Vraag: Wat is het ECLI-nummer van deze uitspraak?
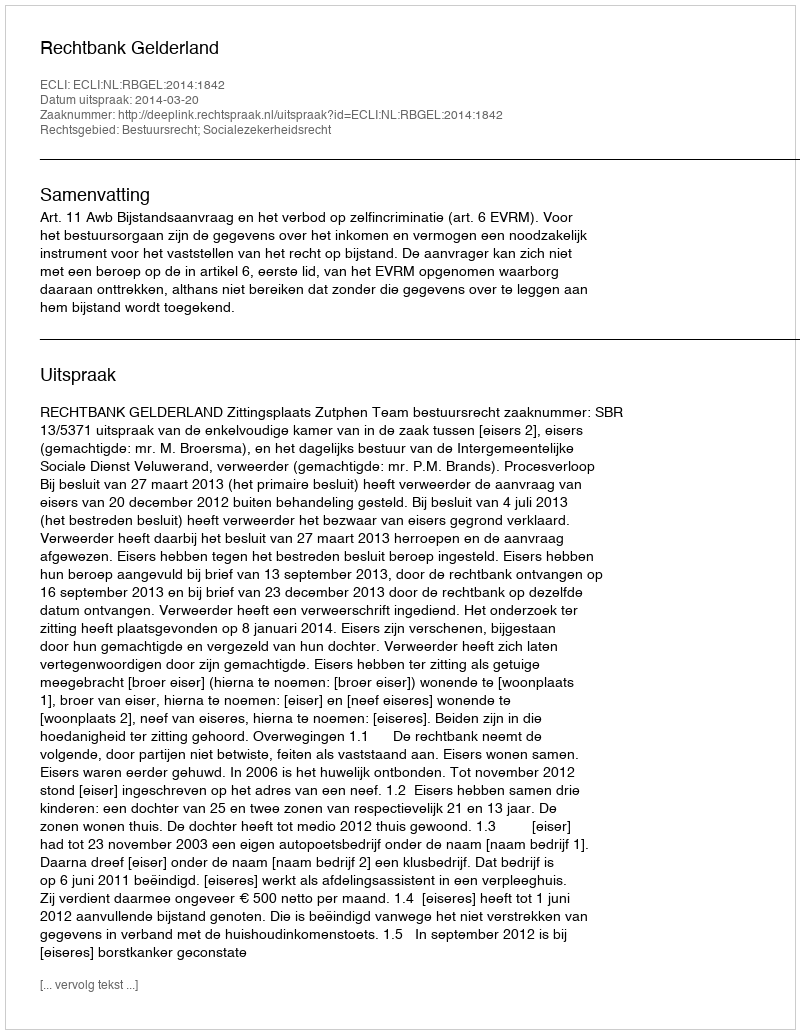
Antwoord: ECLI:NL:RBGEL:2014:1842